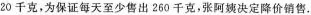
20千克，为保证每天至少售出260千克，张阿姨决定降价销售。